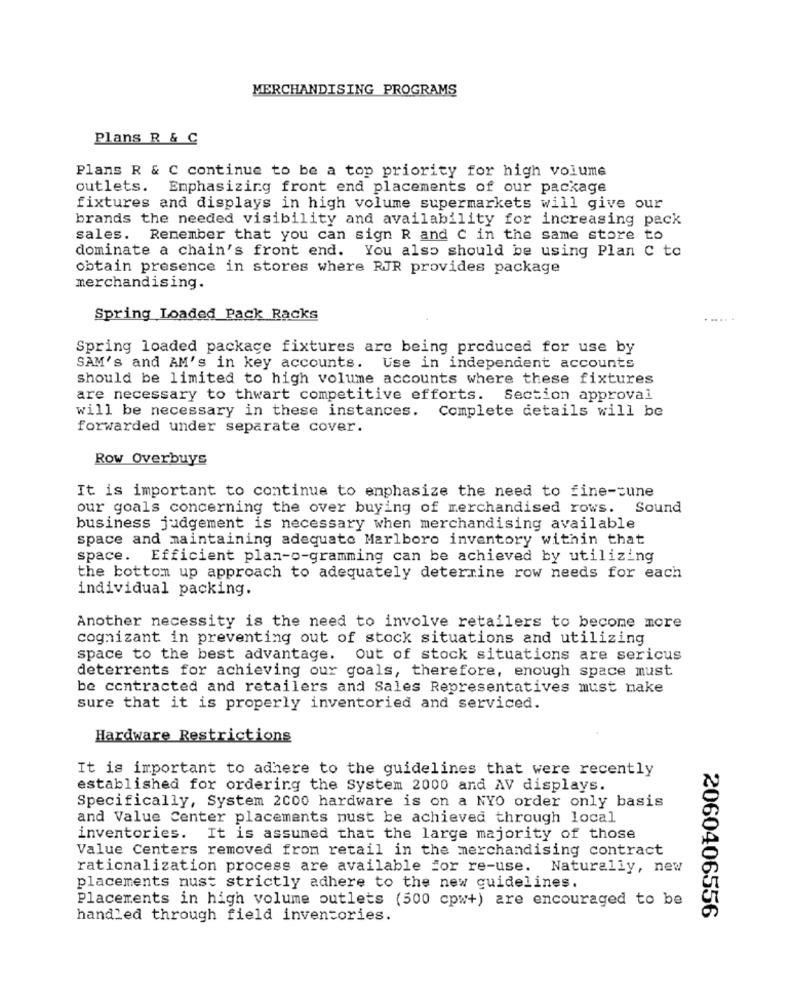
MERCHANDISING PROGRAMS
Plans R & C
Plans R & C continue to be a top priority for high volume
outlets. Emphasizing front end placements of our package
fixtures and displays in high volume supermarkets will give our
brands the needed visibility and availability for increasing pack
sales. Remember that you can sign R and C in the same store to
dominate a chain's front end. You also should be using Plan C to
obtain presence in stores where RJR provides package
merchandising.
Spring Loaded Pack Racks
....
Spring loaded package fixtures are being produced for use by
SAM's and AM's in key accounts. Use in independent accounts
should be limited to high volume accounts where these fixtures
are necessary to thwart competitive efforts. Section approval
will be necessary in these instances. Complete details will be
forwarded under separate cover.
Row Overbuys
It is important to continue to emphasize the need to fine-tune
our goals concerning the over buying of merchandised rows. Sound
business judgement is necessary when merchandising available
space and maintaining adequate Marlboro inventory within that
space. Efficient plan-o-gramming can be achieved by utilizing
the bottom up approach to adequately determine row needs for each
individual packing.
Another necessity is the need to involve retailers to become more
cognizant in preventing out of stock situations and utilizing
space to the best advantage. Out of stock situations are sericus
deterrents for achieving our goals, therefore, enough space must
be contracted and retailers and Sales Representatives must make
sure that it is properly inventoried and serviced.
Hardware Restrictions
It is important to adhere to the guidelines that were recently
established for ordering the System 2000 and AV displays.
Specifically, System 2000 hardware is on a NYO order only basis
and Value Center placements must be achieved through local
inventories. It is assumed that the large majority of those
Value Centers removed from retail in the merchandising contract
rationalization process are available for re-use. Naturally, new
placements nust strictly adhere to the new guidelines.
Placements in high volume outlets (500 cpw+) are encouraged to be
handled through field inventories.
2060406556